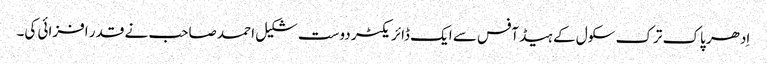
اِدھر پاک ترک سکول کے ہیڈ آفس سے ایک ڈائریکٹر دوست شکیل احمد صاحب نے قدر افزائی کی۔